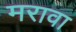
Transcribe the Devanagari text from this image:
मरावा